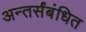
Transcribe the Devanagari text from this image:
अन्तर्संबंधित